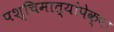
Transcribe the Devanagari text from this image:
पश्चिमात्यांपेक्षा